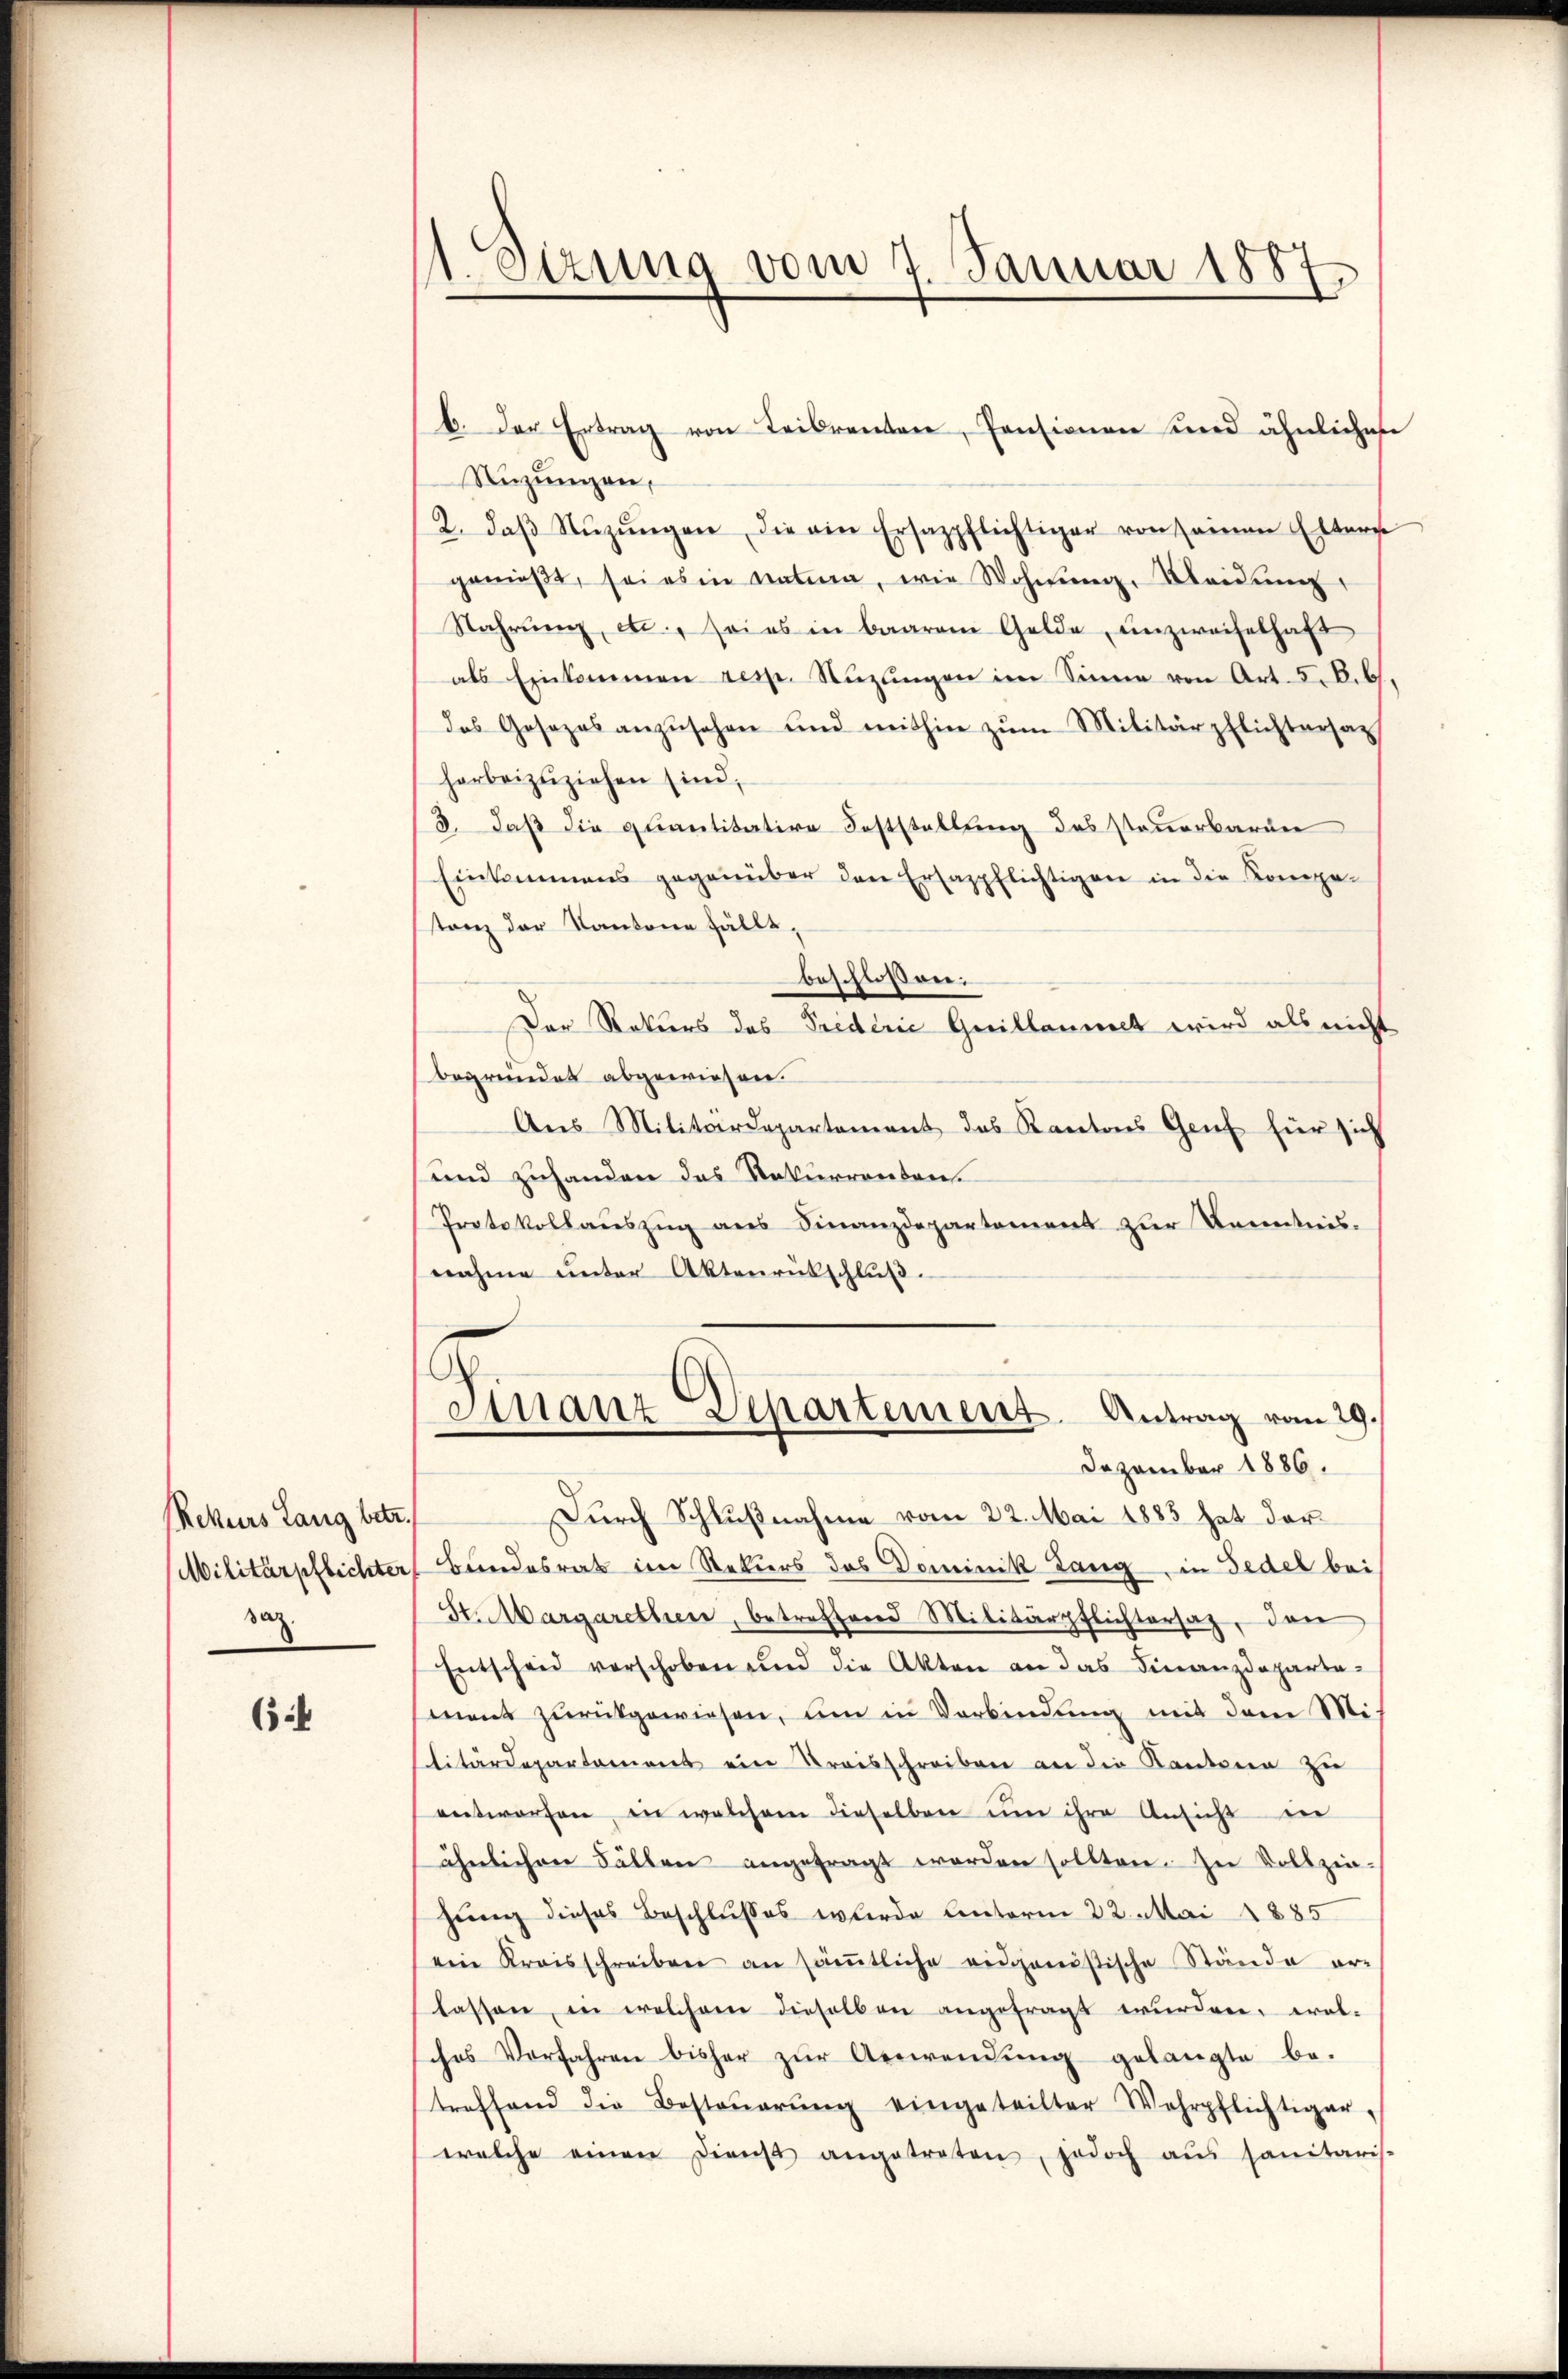
Rekurs Lang betr.
Militärpflichter
paz.

65

1 Sizung vom 7. Januar 1887

Nizŭngen,
2. daβ Nŭzŭngen, die ein Ersazpflichtiger von seinen Elters
genießt, sei es in natura, wie Wohnung, Kleidung
Nahrung, et, sei es in baarem Gelde, unzweifelhaft
als Einkommen resp. Nuzungen im Sinne von Art. 5. B. b.
das Gesezes anzŭsehen und mithin zŭm Militärpflichtersatz
harbeizŭziehen sind;
3. daß die quantitative Feststellung des steuerbarun
Einkommens gegenüber den Ersazpflichtigen in die Kompe-
tanz der Kantone fällt,
beschlossen:
Der Rekurs des Triderić Guillaumet wird als nicht
begründet abgewiesen.
Aus Militärdepartement das Kantons Genf hier sich
und zuhanden das Rekurrentens
Protokollauszug aus Finanzdepartement zur Kenntnis-
nahme unter Aktenrütschluß.
Finanz-Departemens. Antrag vom 29./
Dezember 1886.
Durch Schlußnahme vom 22. Mai 1883 hat dar¬
Bundesrats im Stekers das Dominik Lang, in Fedel bei
St. Margarethen, betreffend Militärpflichtersatz, den
Entscheid verschoben und die Akten an das Finanzdeparta-
ment zurückgewiesen, um in Verbindung mit dem Mi-
litärdepartement ein Kreisschreiben an die Kantonen zu
entworfen, in welchem dieselben um ihre Ansicht in
ähnlichen Fällen angefragt worden sollten. In Vollzin-
hung dieses Beschlusses werde Unterm 22. Mai 1885.
ein Kreisschreiben an säṁtliche eidgenößische Stände er-
lassen, in welchem dieselben angefragt wurden, eral-
sches Vorfahren bisher zŭr Anwendŭng gelangte be-
treffend die Besteŭerŭng eingeteilter Wehrpflichtiger,
welche einen Dienst angetreten, jedoch aŭs sanitaris-

b. Der Ertrag von Leibrenten, Pensionen und ähnlichen